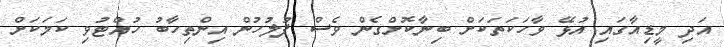
އަދި މީޑިއާގައި އުޅޭ ވާހަކަތަކަށް ބިނާކޮށްގެން ވެސް ފުލުހުން އިންތިހާބު ހުއްޓުވި ކަމަކަށް